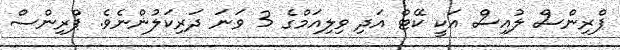
ޕްރިންސް ލުއިސް އަކީ ކޭޓް އަދި ވިލިއަމްގެ 3 ވަނަ ދަރިކަލުންނެވެ. ޕްރިންސް